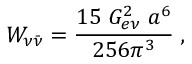
{ \cal W } _ { \nu { \bar { \nu } } } = \frac { 1 5 \; G _ { e \nu } ^ { 2 } \; a ^ { 6 } } { 2 5 6 \pi ^ { 3 } } \; ,